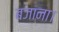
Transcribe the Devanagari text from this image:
बजाना।